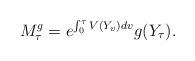
LaTeX: \begin{align*}M_{\tau}^g=e^{\int_0^{\tau} V(Y_v)dv }g(Y_{\tau}).\end{align*}